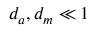
d _ { a } , d _ { m } \ll 1